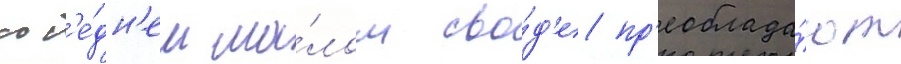
сос'е́дн'ем ма́лом сво́д'е пр'еоблада́ют